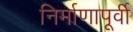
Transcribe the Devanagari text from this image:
निर्माणापूर्वी